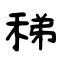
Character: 稊